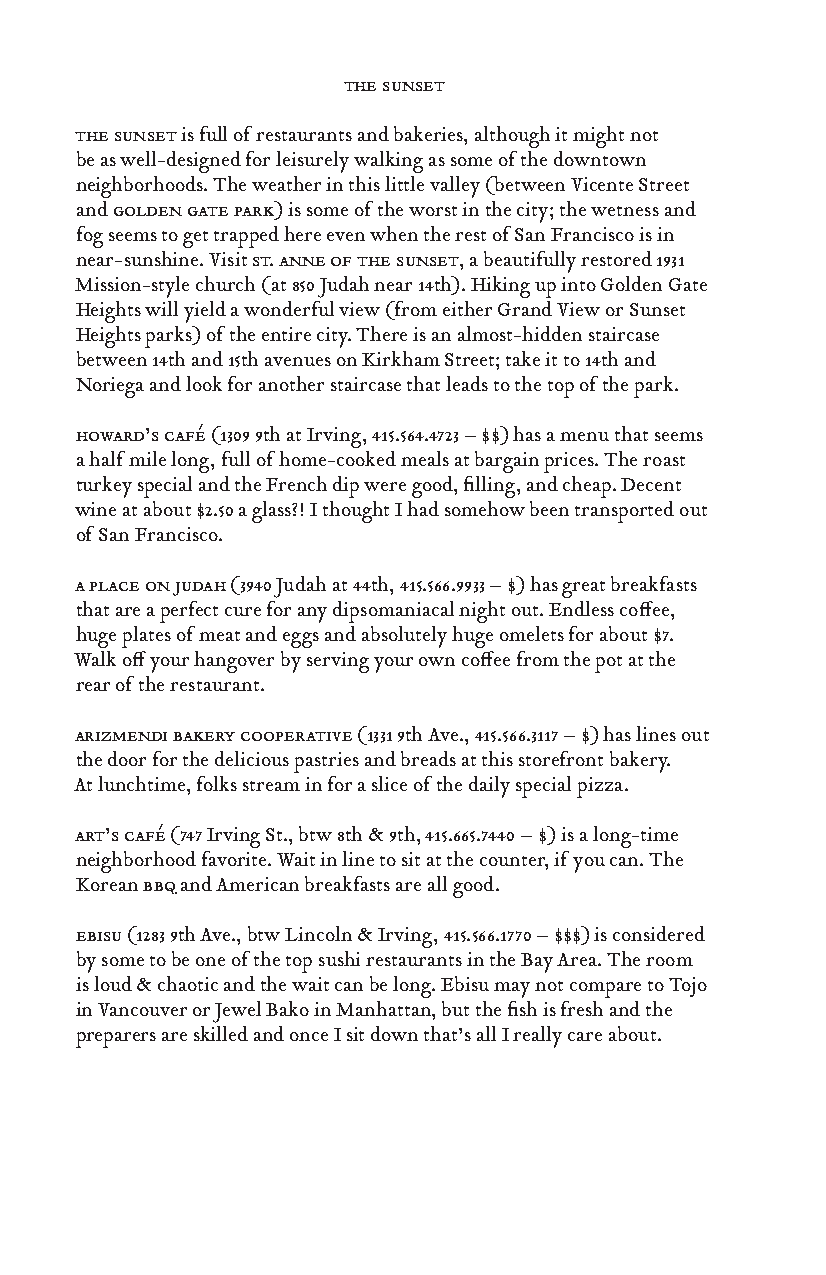
the sunset
 the sunset is full of restaurants and bakeries, although it might not
 be as well-designed for leisurely walking as some of the downtown
 neighborhoods. The weather in this little valley (between Vicente Street
 and golden gate park) is some of the worst in the city; the wetness and
 fog seems to get trapped here even when the rest of San Francisco is in
 near-sunshine. Visit st. anne of the sunset, a beautifully restored 1931
 Mission-style church (at 850 Judah near 14th). Hiking up into Golden Gate
 Heights will yield a wonderful view (from either Grand View or Sunset
 Heights parks) of the entire city. There is an almost-hidden staircase
 between 14th and 15th avenues on Kirkham Street; take it to 14th and
 Noriega and look for another staircase that leads to the top of the park.
 howard’s café (1309 9th at Irving, 415.564.4723 – $$) has a menu that seems
 a half mile long, full of home-cooked meals at bargain prices. The roast
 turkey special and the French dip were good, filling, and cheap. Decent
 wine at about $2.50 a glass?! I thought I had somehow been transported out
 of San Francisco.
 a place on judah (3940 Judah at 44th, 415.566.9933 – $) has great breakfasts
 that are a perfect cure for any dipsomaniacal night out. Endless coffee,
 huge plates of meat and eggs and absolutely huge omelets for about $7.
 Walk off your hangover by serving your own coffee from the pot at the
 rear of the restaurant.
 arizmendi bakery cooperative (1331 9th Ave., 415.566.3117 – $) has lines out
 the door for the delicious pastries and breads at this storefront bakery.
 At lunchtime, folks stream in for a slice of the daily special pizza.
 art’s café (747 Irving St., btw 8th & 9th, 415.665.7440 – $) is a long-time
 neighborhood favorite. Wait in line to sit at the counter, if you can. The
 Korean bbq and American breakfasts are all good.
 ebisu (1283 9th Ave., btw Lincoln & Irving, 415.566.1770 – $$$) is considered
 by some to be one of the top sushi restaurants in the Bay Area. The room
 is loud & chaotic and the wait can be long. Ebisu may not compare to Tojo
 in Vancouver or Jewel Bako in Manhattan, but the fish is fresh and the
 preparers are skilled and once I sit down that’s all I really care about.